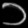
Digit: ၁